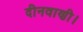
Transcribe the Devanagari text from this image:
दीनवाणी।